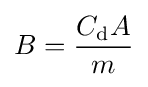
B={\frac {C_{\text{d}}A}{m}}